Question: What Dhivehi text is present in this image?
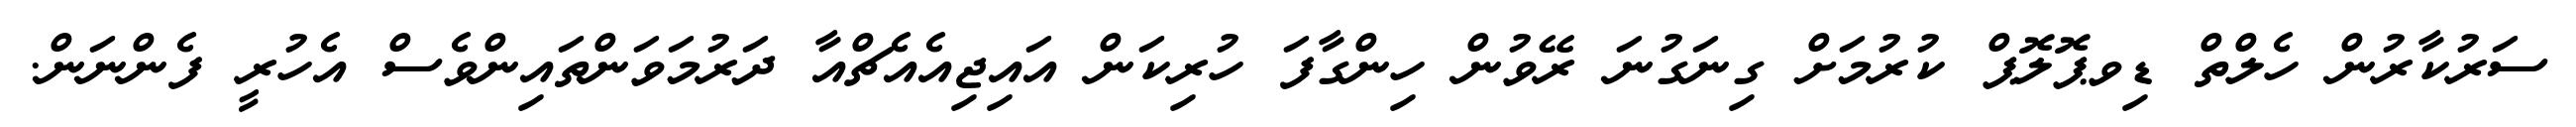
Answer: ސަރުކާރުން ހެލްތް ޑިވޕޮލޮޕް ކުރުމަށް ގިނަގުނަ ރޭވުން ހިންގާފަ ހުރިކަން އައިޖިއެއެޗްއާ ދަރުމަވަންތައިންވެސް އެހުރީ ފެންނަން.